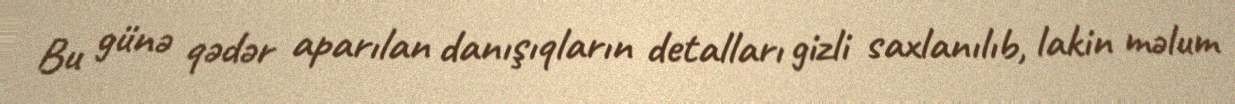
Bu günə qədər aparılan danışıqların detalları gizli saxlanılıb, lakin məlum